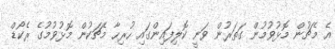
އެ މެޗުން މޮޅުވުމުން ގަތަރުން ވަނީ ކޮލިފައިންގައި ހުރިހާ މެޗަކުން މޮޅުވުމުގެ ރެކޯޑް